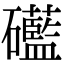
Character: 礷